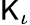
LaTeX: \mathsf{K}_{\iota}